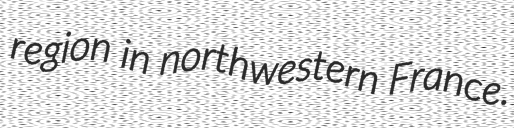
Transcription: region in northwestern France.